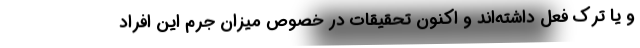
و یا ترک فعل داشته‌اند و اکنون تحقیقات در خصوص میزان جرم این افراد